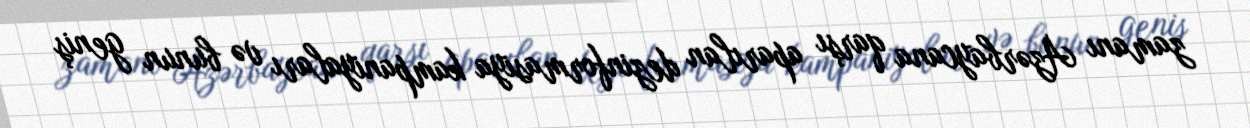
zamanı Azərbaycana qarşı aparılan dezinformasiya kampaniyaları və bunun geniş